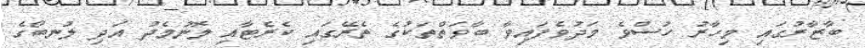
ބާޒާރުގައި މިހާރު ހުސްވެ މަދުވެފައިވާ ބާވަތްތަކުގެ ތެރޭގައި ކެރެޓާއި ލޮނުމެދު އަދި ލުނބޯގެ